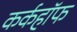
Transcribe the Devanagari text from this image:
कर्कहॉफ